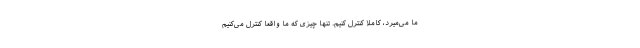
ما می‌میرد، کاملا کنترل کنیم. تنها چیزی که ما واقعا کنترل می‌کنیم